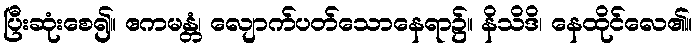
ပြီးဆုံးစေ၍။ ဧကမန္တံ၊ လျောက်ပတ်သောနေရာ၌။ နိသိဒိ၊ နေထိုင်လေ၏။